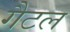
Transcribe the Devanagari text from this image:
गैटल